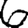
Digit: 6